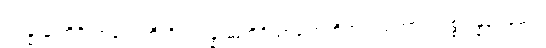
ဥပ္ပန္နံ ဆဟိဝိညာဏေဟီတိ၊ ဥပ္ပန္နံ ဆဟိဝိညာဏေဟိဟူသည်ကား။ ပစ္စုပ္ပန္နရူပမေဝ၊